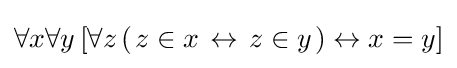
\forall x\forall y\,[\forall z\,(\left.z\in x\right.\leftrightarrow \left.z\in y\right.)\leftrightarrow x=y]